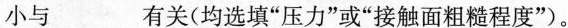
小与______有关(均选填”压力”或”接触面粗糙程度”)。